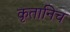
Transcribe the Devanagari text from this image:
कृतानिच